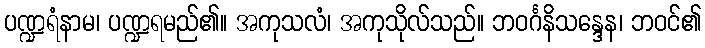
ပဏ္ဍရံနာမ၊ ပဏ္ဍရမည်၏။ အကုသလံ၊ အကုသိုလ်သည်။ ဘဝင်္ဂနိသန္ဒေန၊ ဘဝင်၏